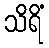
သိရိံ